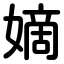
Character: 嫡